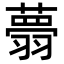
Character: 𦒃